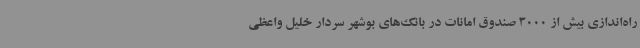
راه‌اندازی بیش از 3000 صندوق امانات در بانک‌های بوشهر سردار خلیل واعظی